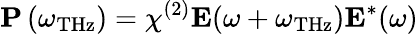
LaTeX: \mathbf{P}\left(\omega_{\mathrm{THz}}\right)=\chi^{(2)}\mathbf{E}(\omega+\omega_{\mathrm{THz}})\mathbf{E}^{*}(\omega)